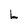
Character: L